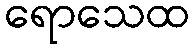
ရောသေထ